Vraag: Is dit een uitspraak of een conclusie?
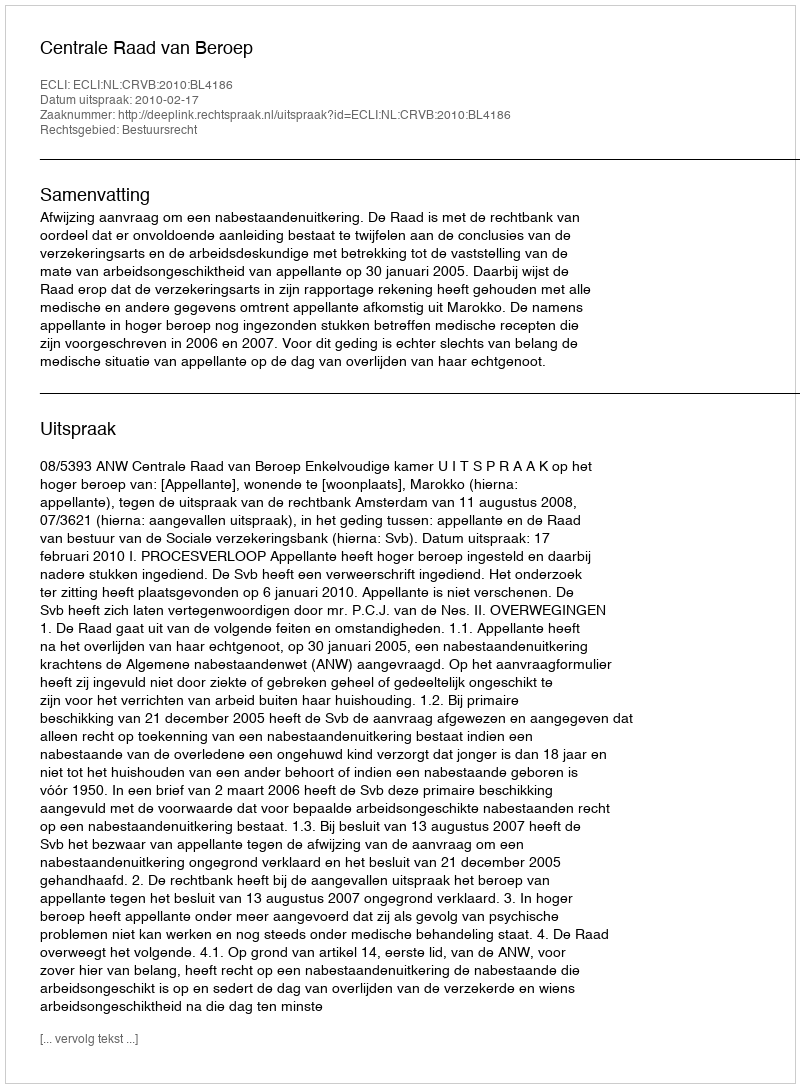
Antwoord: Uitspraak